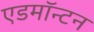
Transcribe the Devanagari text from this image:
एडमाॅन्टन